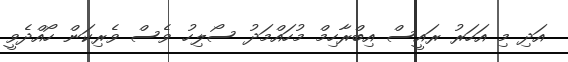
އަދި މި އަހަރު ރައީސް އިބްރާހިމް މުހައްމަދު ސޯލިހު ވެސް ވެރިކަން ހޯއްދެވީ